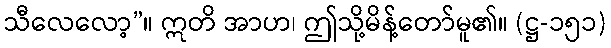
သီလေလော့”။ ဣတိ အာဟ၊ ဤသို့မိန့်တော်မူ၏။ (ဋ္ဌ-၁၅၁)